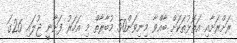
ރަށްރަށާއި އަތޮޅުތަކަށް ބާއްވާ މިނިވަން50 މުބާރާތް މި އަހަރު ފަށާނީ ޖުލައި 26ގަ